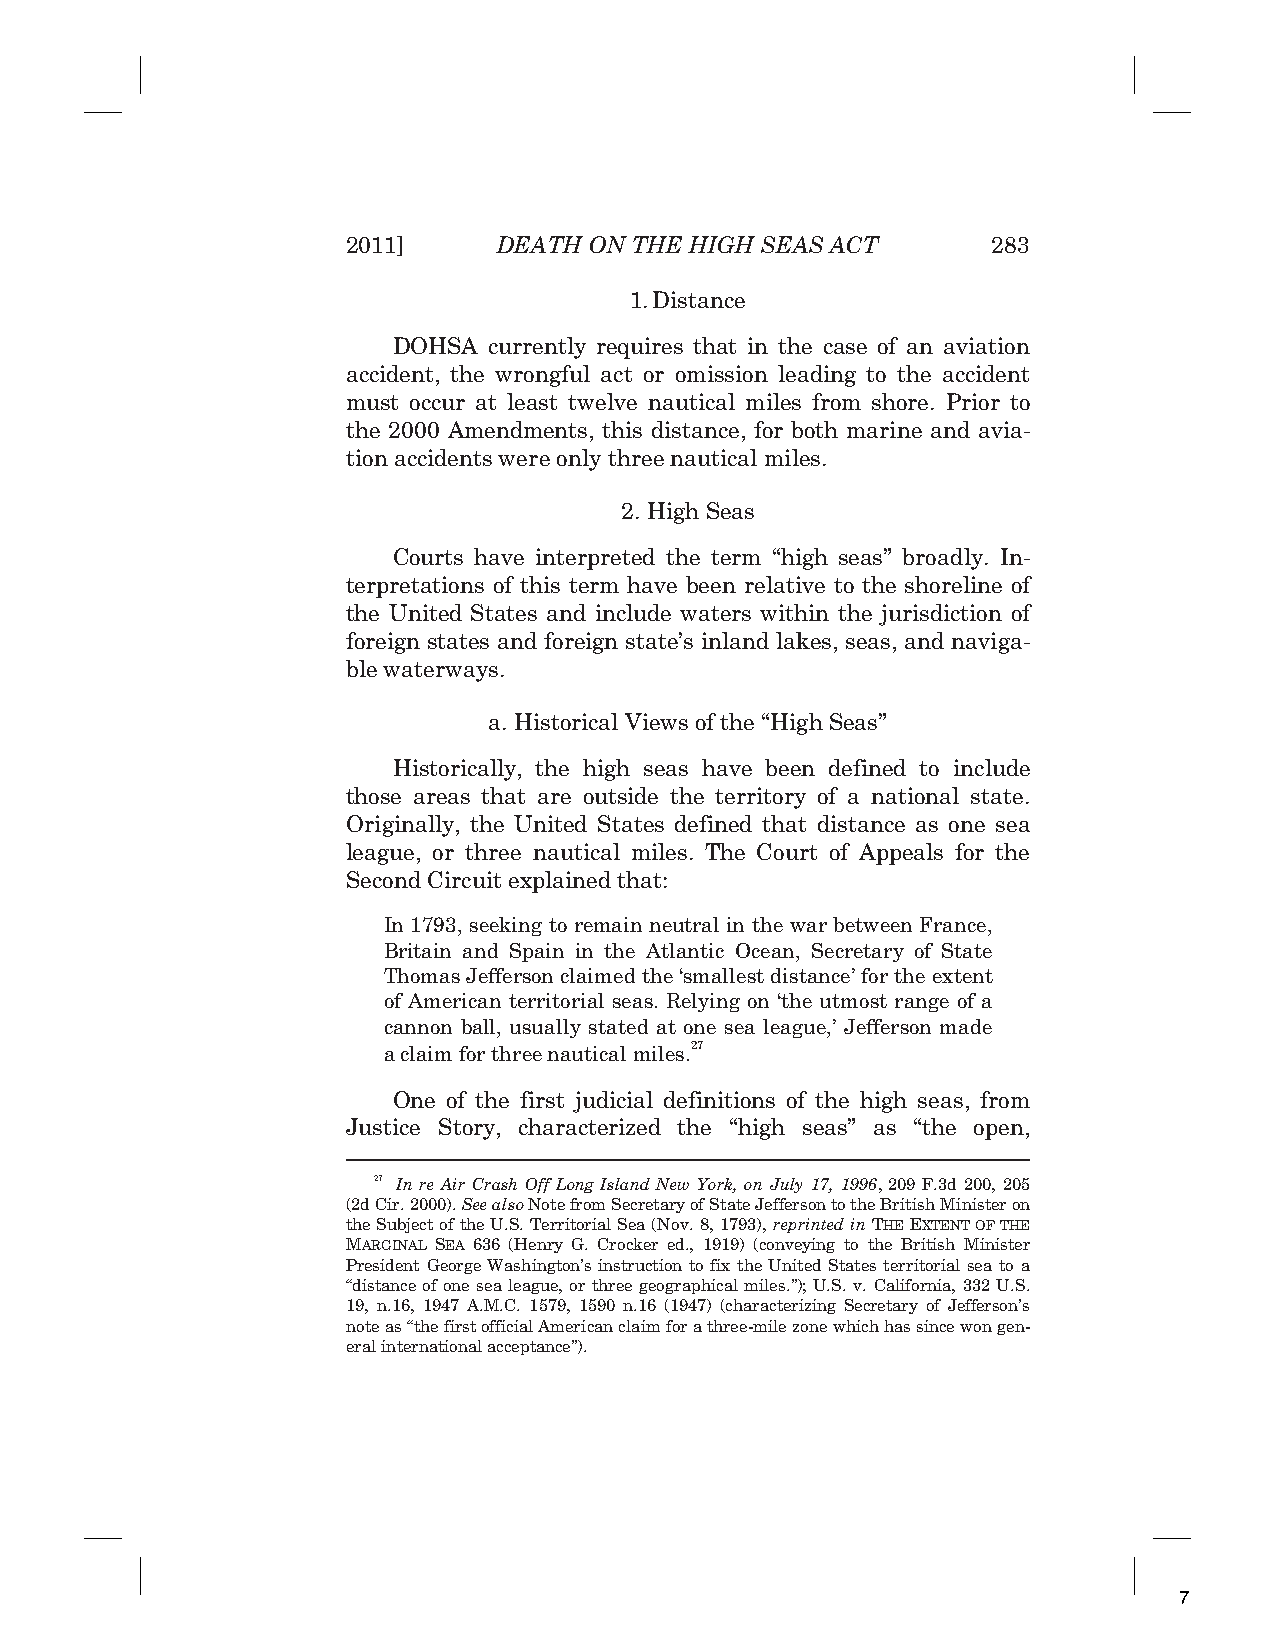
2011]     DEATH ON THE HIGH SEAS ACT       283
 1. Distance
 DOHSA currently requires that in the case of an aviation
 accident, the wrongful act or omission leading to the accident
 must occur at least twelve nautical miles from shore. Prior to
 the 2000 Amendments, this distance, for both marine and avia-
 tion accidents were only three nautical miles.
 2. High Seas
 Courts have interpreted the term “high seas” broadly. In-
 terpretations of this term have been relative to the shoreline of
 the United States and include waters within the jurisdiction of
 foreign states and foreign state’s inland lakes, seas, and naviga-
 ble waterways.
 a. Historical Views of the “High Seas”
 Historically, the high seas have been defined to include
 those areas that are outside the territory of a national state.
 Originally, the United States defined that distance as one sea
 league, or three nautical miles. The Court of Appeals for the
 Second Circuit explained that:
 In 1793, seeking to remain neutral in the war between France,
 Britain and Spain in the Atlantic Ocean, Secretary of State
 Thomas Jefferson claimed the ‘smallest distance’ for the extent
 of American territorial seas. Relying on ‘the utmost range of a
 cannon ball, usually stated at one sea league,’ Jefferson made
 a claim for three nautical miles.27
 One of the first judicial definitions of the high seas, from
 Justice Story, characterized the “high seas” as “the open,
 27 In re Air Crash Off Long Island New York, on July 17, 1996, 209 F.3d 200, 205
 (2d Cir. 2000). See also Note from Secretary of State Jefferson to the British Minister on
 the Subject of the U.S. Territorial Sea (Nov. 8, 1793), reprinted in THE EXTENT OF THE
 MARGINAL SEA 636 (Henry G. Crocker ed., 1919) (conveying to the British Minister
 President George Washington’s instruction to fix the United States territorial sea to a
 “distance of one sea league, or three geographical miles.”); U.S. v. California, 332 U.S.
 19, n.16, 1947 A.M.C. 1579, 1590 n.16 (1947) (characterizing Secretary of Jefferson’s
 note as “the first official American claim for a three-mile zone which has since won gen-
 eral international acceptance”).
 7